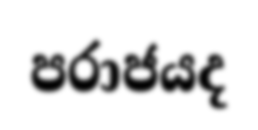
පරාජයද